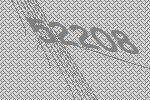
52208